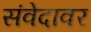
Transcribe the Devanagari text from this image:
संवेदावर